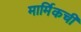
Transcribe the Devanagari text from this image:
मार्मिकची